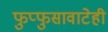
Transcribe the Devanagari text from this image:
फुप्फुसावाटेही